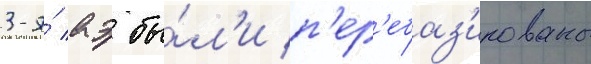
3-я́ аэ бы́л'и п'ер'ебаз'ированы